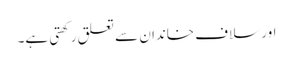
اور سلاف خاندان سے تعلق رکھتی ہے۔